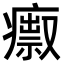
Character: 𤺅